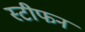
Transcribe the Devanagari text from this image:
स्टीफन